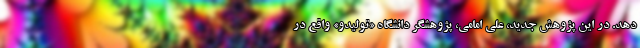
دهد. در این پژوهش جدید، علی امامی، پژوهشگر دانشگاه «تولیدو» واقع در